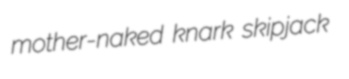
mother-naked knark skipjack